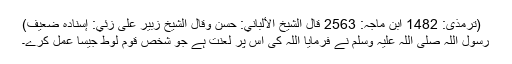
(ترمذی: 1482 ابن ماجہ: 2563 قال الشيخ الألباني: حسن وقال الشيخ زبير على زئي: إسناده ضعيف)
رسول اللہ صلی اللہ علیہ وسلم نے فرمایا اللہ کی اس پر لعنت ہے جو شخص قومِ لوط جیسا عمل کرے۔